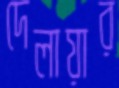
দেলায়ার